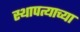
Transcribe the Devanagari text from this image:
स्थापत्याच्या